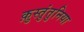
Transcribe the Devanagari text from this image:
क़ुस्तुंतुनिया